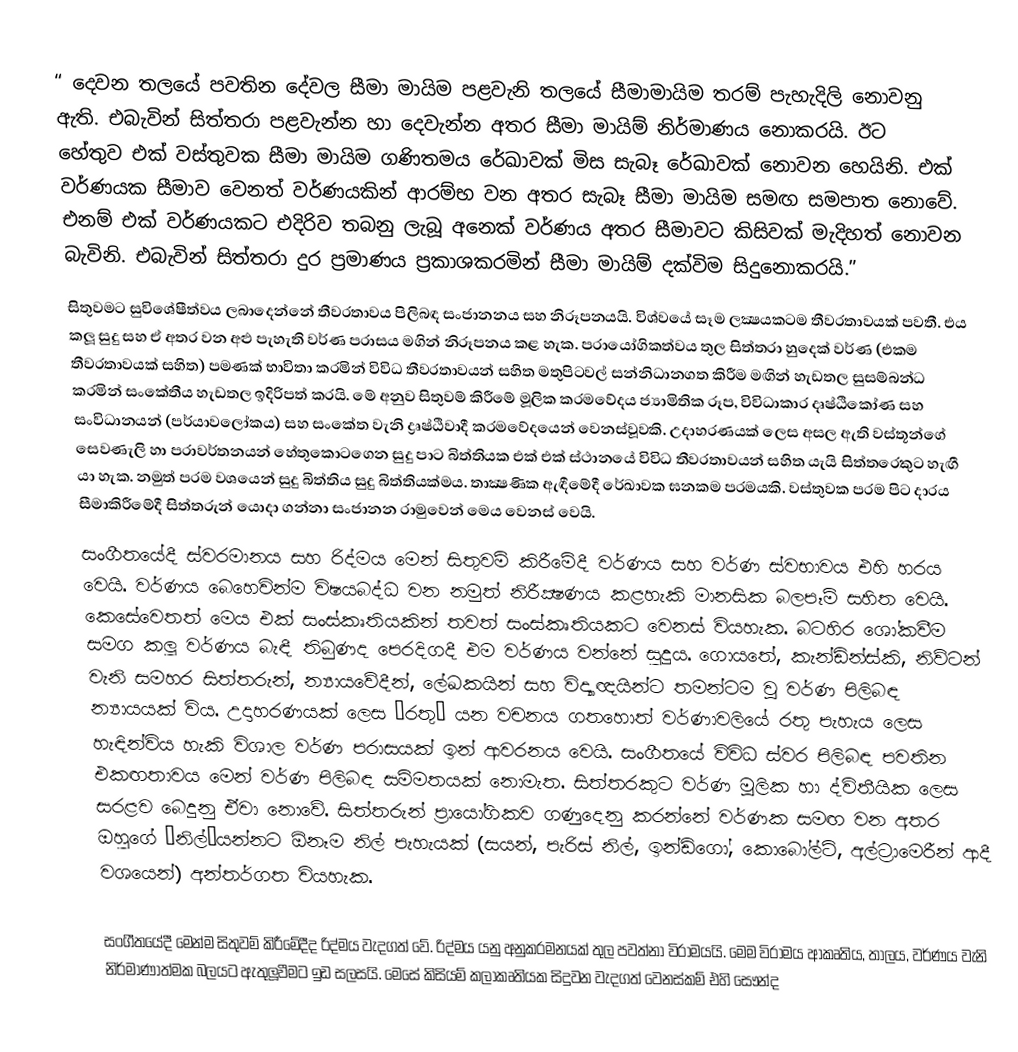
“ දෙවන තලයේ පවතින දේවල සීමා මායිම පළවැනි තලයේ සීමාමායිම තරම් පැහැදිලි නොවනු ඇති. එබැවින් සිත්තරා පළවැන්න හා දෙවැන්න අතර සීමා මායිම් නිර්මාණය නොකරයි. ඊට හේතුව එක් වස්තුවක සීමා මායිම ගණිතමය රේඛාවක් මිස සැබෑ රේඛාවක් නොවන හෙයිනි. එක් වර්ණයක සීමාව වෙනත් වර්ණයකින් ආරම්භ වන අතර සැබෑ සීමා මායිම සමඟ සමපාත නොවේ. එනම් එක් වර්ණයකට එදිරිව තබනු ලැබූ අනෙක් වර්ණය අතර සීමාවට කිසිවක් මැදිහත් නොවන බැවිනි. එබැවින් සිත්තරා දුර ප‍්‍රමාණය ප‍්‍රකාශකරමින් සීමා මායිම් දක්විම සිදුනොකරයි.”
සිතුවමට සුවිශේෂීත්වය ලබාදෙන්නේ තීව‍්‍රතාවය පිලිබඳ සංජානනය සහ නිරූපනයයි. විශ්වයේ සෑම ලක්‍ෂයකටම තීව‍්‍රතාවයක් පවතී. එය කලූ සුදු සහ ඒ අතර වන අළු පැහැති වර්ණ පරාසය මගින් නිරූපනය කළ හැක. ප‍්‍රායෝගිකත්වය තුල සිත්තරා හුදෙක් වර්ණ (එකම තීව‍්‍රතාවයක් සහිත) පමණක් භාවිතා කරමින් විවිධ තීව‍්‍රතාවයන් සහිත මතුපිටවල් සන්නිධානගත කිරීම මඟින් හැඩතල සුසම්බන්ධ කරමින් සංකේතීය හැඩතල ඉදිරිපත් කරයි. මේ අනුව සිතුවම් කිරීමේ මූලික ක‍්‍රමවේදය ජ්‍යාමිතික රූප, විවිධාකාර දෘෂ්ඨිකෝණ සහ සංවිධානයන් (පර්යාවලෝකය) සහ සංකේත වැනි ද්‍රෘෂ්ඨිවාදී ක‍්‍රමවේදයෙන් වෙනස්වූවකි. උදාහරණයක් ලෙස අසල ඇති වස්තූන්ගේ සෙවණැලි හා පරාවර්තනයන් හේතුකොටගෙන සුදු පාට බිත්තියක එක් එක් ස්ථානයේ විවිධ තීව‍්‍රතාවයන් සහිත යැයි සිත්තරෙකුට හැඟී යා හැක. නමුත් පරම වශයෙන් සුදු බිත්තිය සුදු බිත්තියක්මය. තාක්‍ෂණික ඇඳීමේදී රේඛාවක ඝනකම පරමයකි. වස්තුවක පරම පිට දාරය  සීමාකිරීමේදී සිත්තරුන් යොදා ගන්නා සංජානන රාමුවෙන් මෙය වෙනස් වෙයි.
සංගීතයේදී ස්වරමානය සහ රිද්මය මෙන් සිතුවම් කිරීමේදී වර්ණය සහ වර්ණ ස්වභාවය එහි හරය වෙයි. වර්ණය බෙහෙවින්ම විෂයබද්ධ වන නමුත් නිරීක්‍ෂණය කළහැකි මානසික බලපෑම් සහිත වෙයි. කෙසේවෙතත් මෙය එක් සංස්කෘතියකින් තවත් සංස්කෘතියකට වෙනස් වියහැක. බටහිර ශෝකවීම සමග කලූ වර්ණය බැඳී තිබුණද පෙරදිගදී එම වර්ණය වන්නේ සුදුය. ගොයතේ, කැන්ඩින්ස්කි, නිව්ටන් වැනි සමහර සිත්තරුන්, න්‍යායවේදීන්, ලේඛකයින් සහ විද්‍යාඥයින්ට තමන්ටම වූ වර්ණ පිලිබඳ න්‍යායයක් විය. උදාහරණයක් ලෙස ‘රතු’ යන වචනය ගතහොත් වර්ණාවලියේ රතු පැහැය ලෙස හැඳින්විය හැකි විශාල වර්ණ පරාසයක් ඉන් ආවරනය වෙයි. සංගීතයේ විවිධ ස්වර පිලිබඳ පවතින එකඟතාවය මෙන් වර්ණ පිලිබඳ සම්මතයක් නොමැත. සිත්තරකුට වර්ණ මූලික හා ද්විතීයික ලෙස සරළව බෙදුනු ඒවා නොවේ. සිත්තරුන් ප‍්‍රායෝගිකව ගණුදෙනු කරන්නේ වර්ණක සමඟ වන අතර ඔහුගේ ‘නිල්’යන්නට  ඕනෑම නිල් පැහැයක් (සයන්, පැරිස් නිල්, ඉන්ඩිගෝ, කොබෝල්ට්, අල්ට‍්‍රාමෙරීන් ආදී වශයෙන්) අන්තර්ගත වියහැක.

සංගීතයේදී මෙන්ම සිතුවම් කිරීමේදීද රිද්මය වැදගත් වේ. රිද්මය යනු අනුක‍්‍රමනයක් තුල පවත්නා විරාමයයි. මෙම විරාමය ආකෘතිය, තාලය, වර්ණය වැනි නිර්මාණාත්මක බලයට ඇතුලූවීමට ඉඩ සලසයි. මෙසේ කිසියම් කලාකෘතියක සිදුවන වැදගත් වෙනස්කම් එහි සෞන්ද